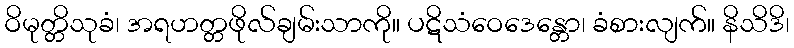
ဝိမုတ္တိသုခံ၊ အရဟတ္တဖိုလ်ချမ်းသာကို။ ပဋိသံဝေဒေန္တော၊ ခံစားလျက်။ နိသိဒိ၊